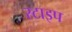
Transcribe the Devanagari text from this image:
स्टाइप